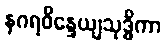
နဂရဝိန္ဒေယျသုဒ္ဓိကာ